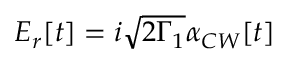
E _ { r } [ t ] = i \sqrt { 2 \Gamma _ { 1 } } \alpha _ { C W } [ t ]